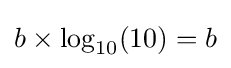
b\times \log _{10}(10)=b